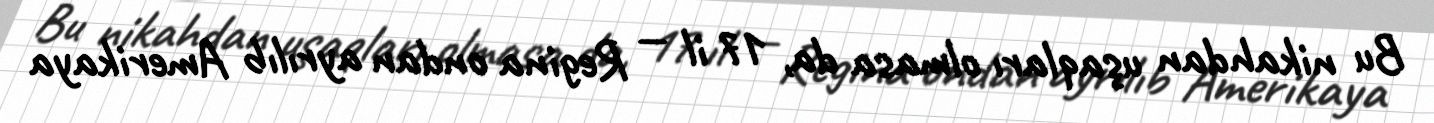
Bu nikahdan uşaqları olmasa da, 17 il — Regina ondan ayrılıb Amerikaya